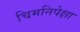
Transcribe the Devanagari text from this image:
चिमनिपेक्षा